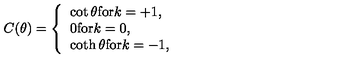
C ( \theta ) = \left\{ \begin{array} { l } { \cot { \theta } \mathrm { f o r } k = + 1 , } \\ { 0 \mathrm { f o r } k = 0 , } \\ { \coth { \theta } \mathrm { f o r } k = - 1 , } \\ \end{array} \right. \